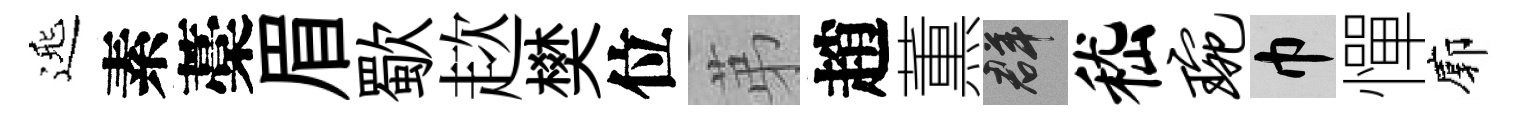
𨓱素藁眉歜趑樊位苐趙薫群嵇琬巾憚廓